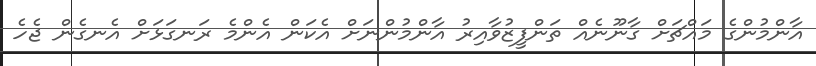
އާންމުންގެ މައްޗަށް ގާނޫނެއް ތަންފީޒުވާއިރު އާންމުންނަށް އެކަން އެންމެ ރަނގަޅަށް އެނގެން ޖެހެ